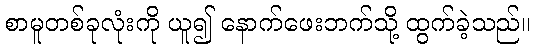
စာမူတစ်ခုလုံးကို ယူ၍ နောက်ဖေးဘက်သို့ ထွက်ခဲ့သည်။